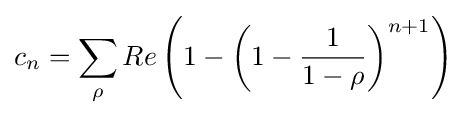
c_{n}=\sum _{\rho }{Re\left(1-\left(1-{\frac {1}{1-\rho }}\right)^{n+1}\right)}